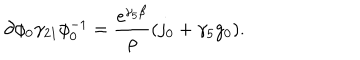
LaTeX: \partial \phi _ { 0 } \gamma _ { 2 1 } \phi _ { 0 } ^ { - 1 } = \frac { \mathrm { e } ^ { \gamma _ { 5 } \beta } } { \rho } ( j _ { 0 } + \gamma _ { 5 } g _ { 0 } ) .